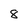
Character: 8